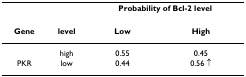
|  |  | <COLSPAN=2> Probability of Bcl-2 level |
 | Gene | level | Low | High |
 | --- | --- | --- | --- |
 |  | high | 0.55 | 0.45 |
 | PKR | low | 0.44 | 0.56 ↑ |